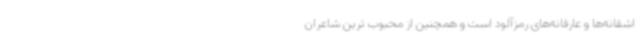
اشقانه‌ها و عارفانه‌های رمزآلود است و همچنین از محبوب ترین شاعران